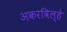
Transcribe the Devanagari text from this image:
अकरविल्हे